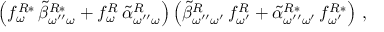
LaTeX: \left( f _ { \omega } ^ { R * } \, \tilde { \beta } _ { \omega ^ { \prime \prime } \omega } ^ { R * } + f _ { \omega } ^ { R } \, \tilde { \alpha } _ { \omega ^ { \prime \prime } \omega } ^ { R } \right) \left( \tilde { \beta } _ { \omega ^ { \prime \prime } \omega ^ { \prime } } ^ { R } \, f _ { \omega ^ { \prime } } ^ { R } + \tilde { \alpha } _ { \omega ^ { \prime \prime } \omega ^ { \prime } } ^ { R * } \, f _ { \omega ^ { \prime } } ^ { R * } \right) \, ,